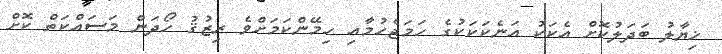
ޚިޔާލު ބަދަލުކޮށް އެކަކު އަނެކަކަކުގެ ހަމަޖެހުމާއި ހިމޭންކަމަށްވެ ރިޒުޤު ހޯދަން މަސައްކަތް ކޮށް